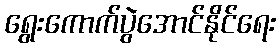
ရွေးကောက်ပွဲအောင်နိုင်ရေး